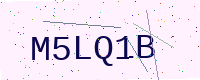
Text: M5LQ1B